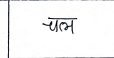
मजकूर: चल